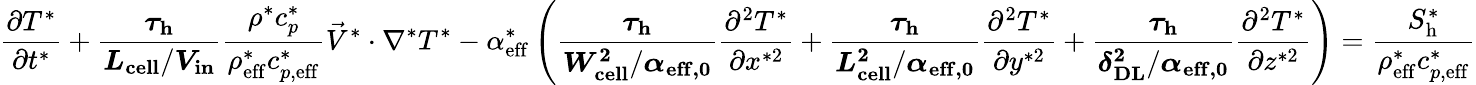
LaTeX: \frac{\partial T^{*}}{\partial t^{*}}+\boldsymbol{\frac{\tau_{\mathrm{h}}}{L_{\mathrm{cell}}/V_{\mathrm{in}}}}\frac{\rho^{*}c_{p}^{*}}{\rho_{\mathrm{eff}}^{*}c_{p,\mathrm{eff}}^{*}}\vec{V}^{*}\cdot\nabla^{*}T^{*}-\alpha_{\mathrm{{eff}}}^{*}\left(\boldsymbol{\frac{\tau_{\mathrm{h}}}{W_{\mathrm{cell}}^{2}/\alpha_{\mathrm{{eff,0}}}}}\frac{\partial^{2}T^{*}}{\partial x^{*2}}+\boldsymbol{\frac{\tau_{\mathrm{h}}}{L_{\mathrm{cell}}^{2}/\alpha_{\mathrm{eff,0}}}}\frac{\partial^{2}T^{*}}{\partial y^{*2}}+\boldsymbol{\frac{\tau_{\mathrm{h}}}{\delta_{\mathrm{DL}}^{2}/\alpha_{\mathrm{{eff,0}}}}}\frac{\partial^{2}T^{*}}{\partial z^{*2}}\right)=\frac{S_{\mathrm{h}}^{*}}{\rho_{\mathrm{{eff}}}^{*}c_{p,\mathrm{eff}}^{*}}